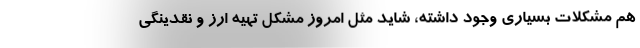
هم مشکلات بسیاری وجود داشته، شاید مثل امروز مشکل تهیه ارز و نقدینگی